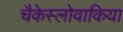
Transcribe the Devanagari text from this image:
चैकेस्लोवाकिया